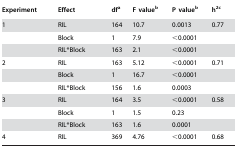
<table><thead><tr><td><b>Experiment</b></td><td><b>Effect</b></td><td><b>dfa</b></td><td><b>F valueb</b></td><td><b>P valueb</b></td><td><b>h<sup>2</sup>c</b></td></tr></thead><tbody><tr><td>1</td><td>RIL</td><td>164</td><td>10.7</td><td>0.0013</td><td>0.77</td></tr><tr><td></td><td>Block</td><td>1</td><td>7.9</td><td>&lt;0.0001</td><td></td></tr><tr><td></td><td>RIL*Block</td><td>163</td><td>2.1</td><td>&lt;0.0001</td><td></td></tr><tr><td>2</td><td>RIL</td><td>163</td><td>5.12</td><td>&lt;0.0001</td><td>0.71</td></tr><tr><td></td><td>Block</td><td>1</td><td>16.7</td><td>&lt;0.0001</td><td></td></tr><tr><td></td><td>RIL*Block</td><td>156</td><td>1.6</td><td>0.0003</td><td></td></tr><tr><td>3</td><td>RIL</td><td>164</td><td>3.5</td><td>&lt;0.0001</td><td>0.58</td></tr><tr><td></td><td>Block</td><td>1</td><td>1.5</td><td>0.23</td><td></td></tr><tr><td></td><td>RIL*Block</td><td>163</td><td>1.6</td><td>0.0001</td><td></td></tr><tr><td>4</td><td>RIL</td><td>369</td><td>4.76</td><td>&lt;0.0001</td><td>0.68</td></tr></tbody></table>